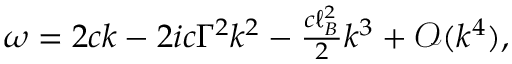
\begin{array} { r } { \omega = 2 c k - 2 i c \Gamma ^ { 2 } k ^ { 2 } - \frac { c \ell _ { B } ^ { 2 } } { 2 } k ^ { 3 } + \mathcal { O } ( k ^ { 4 } ) , } \end{array}